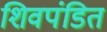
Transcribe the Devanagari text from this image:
शिवपंडित